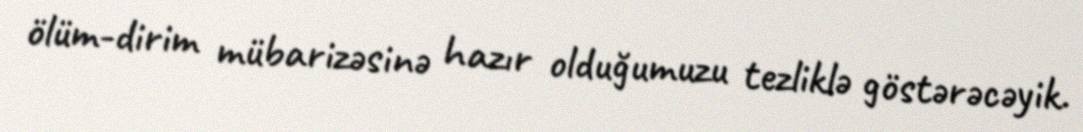
ölüm-dirim mübarizəsinə hazır olduğumuzu tezliklə göstərəcəyik.